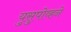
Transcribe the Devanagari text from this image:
युसुपोव्हने